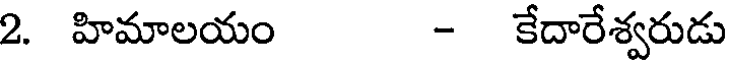
2. హిమాలయం - కేదారేశ్వరుడు